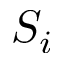
S _ { i }